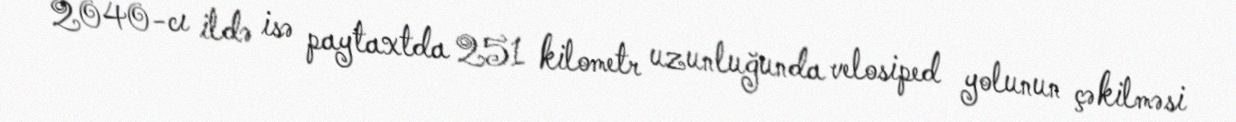
2040-cı ildə isə paytaxtda 251 kilometr uzunluğunda velosiped yolunun çəkilməsi